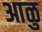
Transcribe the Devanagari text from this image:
आळु